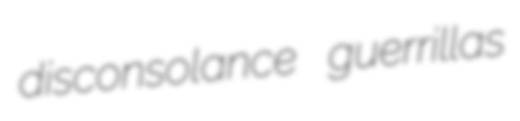
disconsolance guerrillas